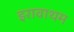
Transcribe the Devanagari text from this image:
इरावाथम